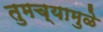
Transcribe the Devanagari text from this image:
तुमच्यामुळे